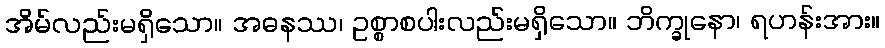
အိမ်လည်းမရှိသော။ အဓနဿ၊ ဥစ္စာစပါးလည်းမရှိသော။ ဘိက္ခုနော၊ ရဟန်းအား။